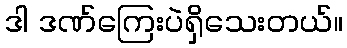
ဒါ ဒဏ်ကြေးပဲရှိသေးတယ်။